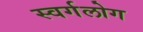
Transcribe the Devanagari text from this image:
स्वर्गलोग